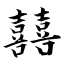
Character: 囍